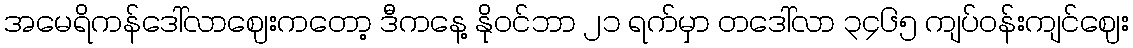
အမေရိကန်ဒေါ်လာဈေးကတော့ ဒီကနေ့ နိုဝင်ဘာ ၂၁ ရက်မှာ တဒေါ်လာ ၃၄၆၅ ကျပ်ဝန်းကျင်ဈေး